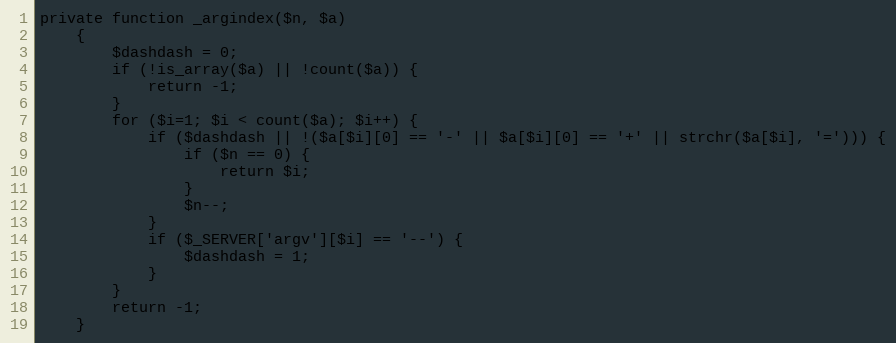
Language: PHP
private function _argindex($n, $a)
    {
        $dashdash = 0;
        if (!is_array($a) || !count($a)) {
            return -1;
        }
        for ($i=1; $i < count($a); $i++) {
            if ($dashdash || !($a[$i][0] == '-' || $a[$i][0] == '+' || strchr($a[$i], '='))) {
                if ($n == 0) {
                    return $i;
                }
                $n--;
            }
            if ($_SERVER['argv'][$i] == '--') {
                $dashdash = 1;
            }
        }
        return -1;
    }